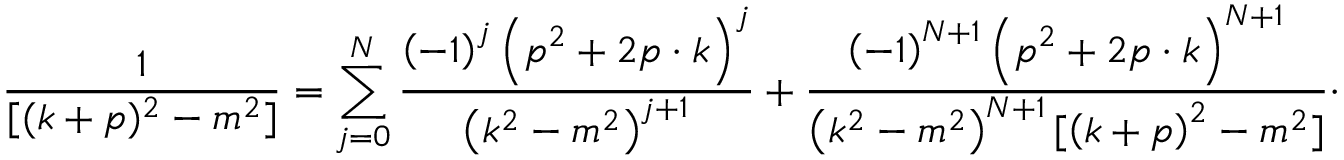
\frac { 1 } { [ ( k + p ) ^ { 2 } - m ^ { 2 } ] } = \sum _ { j = 0 } ^ { N } \frac { \left( - 1 \right) ^ { j } \left( p ^ { 2 } + 2 p \cdot k \right) ^ { j } } { \left( k ^ { 2 } - m ^ { 2 } \right) ^ { j + 1 } } + \frac { \left( - 1 \right) ^ { N + 1 } \left( p ^ { 2 } + 2 p \cdot k \right) ^ { N + 1 } } { \left( k ^ { 2 } - m ^ { 2 } \right) ^ { N + 1 } [ \left( k + p \right) ^ { 2 } - m ^ { 2 } ] } \cdot